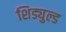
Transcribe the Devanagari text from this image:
शिड्युल्ड